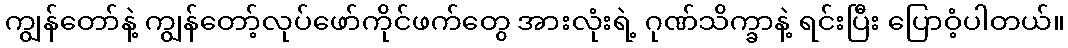
ကျွန်တော်နဲ့ ကျွန်တော့်လုပ်ဖော်ကိုင်ဖက်တွေ အားလုံးရဲ့ ဂုဏ်သိက္ခာနဲ့ ရင်းပြီး ပြောဝံ့ပါတယ်။